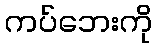
ကပ်ဘေးကို